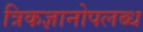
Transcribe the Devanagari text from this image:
त्रिकज्ञानोपलब्ध